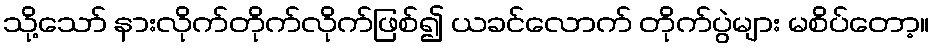
သို့သော် နားလိုက်တိုက်လိုက်ဖြစ်၍ ယခင်လောက် တိုက်ပွဲများ မစိပ်တော့။